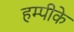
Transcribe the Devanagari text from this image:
हम्पीके